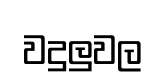
වදුලුවල